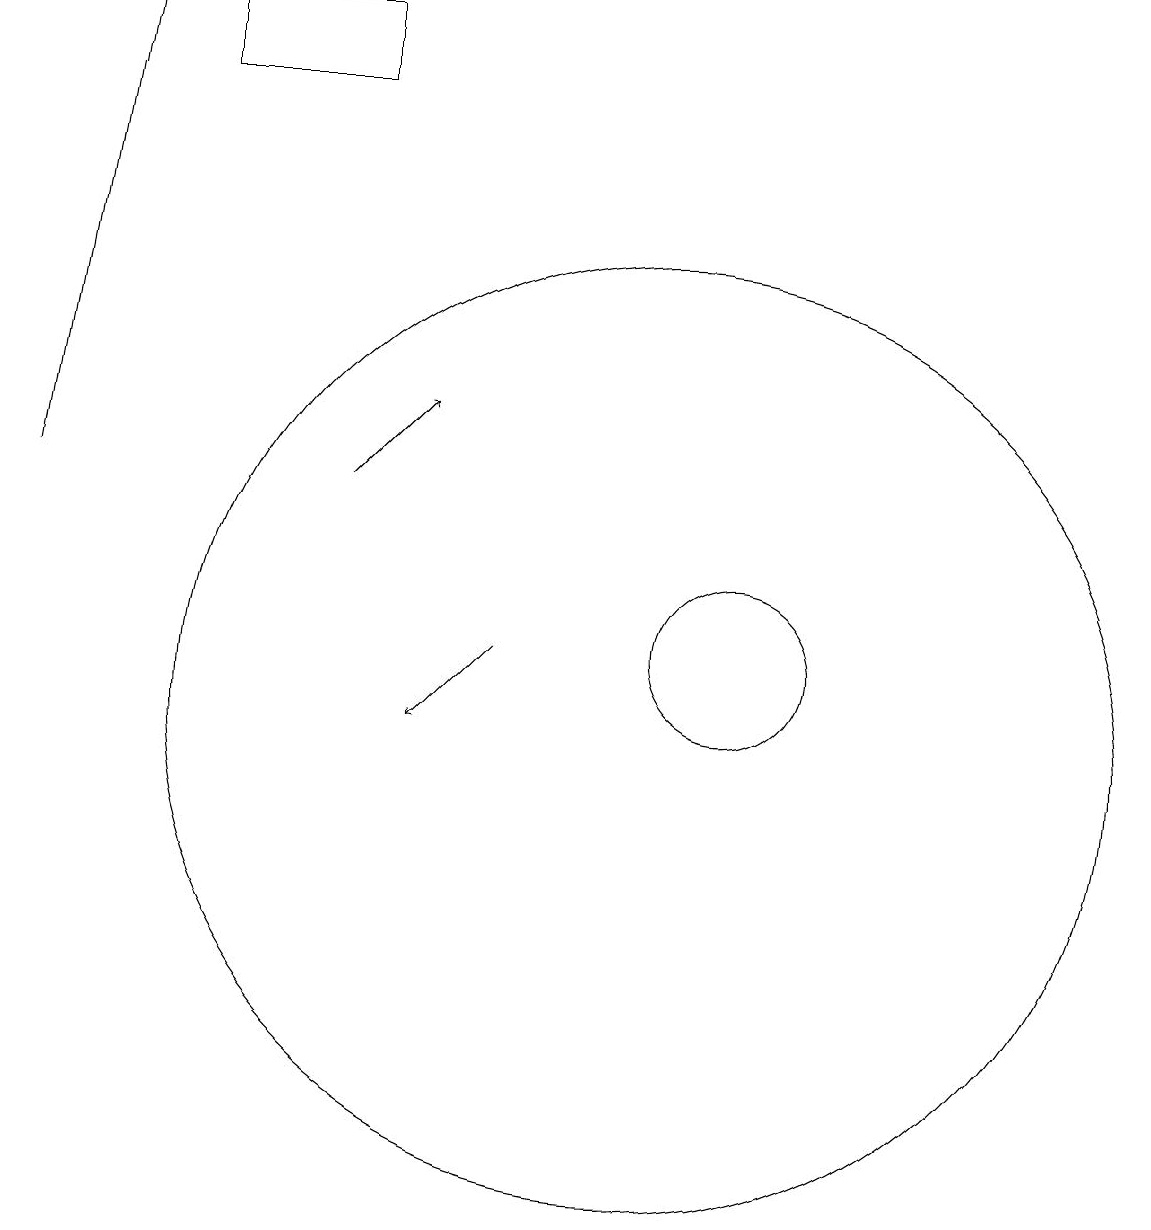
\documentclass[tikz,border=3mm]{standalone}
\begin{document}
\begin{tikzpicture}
\draw[->] (8,11) -- (7,10);
\draw[->] (6,13) -- (7,14);
\draw (10,10) circle (6);
\draw[->] (2,13) -- (3,19);
\draw (6,18) rectangle (4,19);
\draw (11,10) circle (0);
\draw (11,11) circle (1);
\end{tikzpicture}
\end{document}